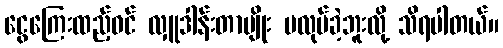
ငွေကြေးထည့်ဝင် လှူဒါန်းတာမျိုး မလုပ်ခဲ့ဘူးလို့ သိရပါတယ်။